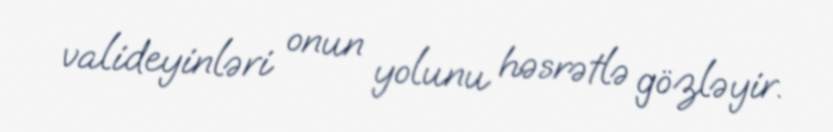
valideyinləri onun yolunu həsrətlə gözləyir.